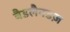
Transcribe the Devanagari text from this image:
बैडलैनडज़